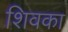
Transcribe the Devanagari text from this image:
शिवका